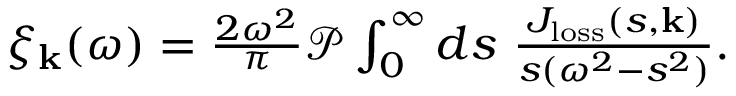
\begin{array} { r } { \xi _ { \mathbf { k } } ( \omega ) = \frac { 2 \omega ^ { 2 } } { \pi } \mathcal { P } \int _ { 0 } ^ { \infty } d s \ \frac { J _ { \mathrm { l o s s } } ( s , \mathbf { k } ) } { s ( \omega ^ { 2 } - s ^ { 2 } ) } . } \end{array}